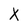
Character: X